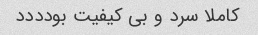
کاملا سرد و بی کیفیت بودددد